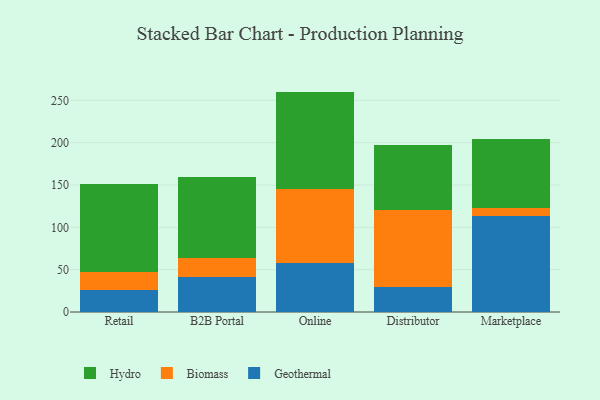
{"axis": {"x": "Channel", "y": "Tickets Resolved"}, "legend": ["Biomass", "Geothermal", "Hydro"], "data": [{"x": "Retail", "y": 25.9, "type": "Geothermal"}, {"x": "Retail", "y": 21.4, "type": "Biomass"}, {"x": "Retail", "y": 103.5, "type": "Hydro"}, {"x": "B2B Portal", "y": 41.1, "type": "Geothermal"}, {"x": "B2B Portal", "y": 23.2, "type": "Biomass"}, {"x": "B2B Portal", "y": 95.2, "type": "Hydro"}, {"x": "Online", "y": 58.0, "type": "Geothermal"}, {"x": "Online", "y": 86.7, "type": "Biomass"}, {"x": "Online", "y": 115.6, "type": "Hydro"}, {"x": "Distributor", "y": 29.3, "type": "Geothermal"}, {"x": "Distributor", "y": 91.6, "type": "Biomass"}, {"x": "Distributor", "y": 76.5, "type": "Hydro"}, {"x": "Marketplace", "y": 113.6, "type": "Geothermal"}, {"x": "Marketplace", "y": 9.7, "type": "Biomass"}, {"x": "Marketplace", "y": 80.6, "type": "Hydro"}]}